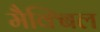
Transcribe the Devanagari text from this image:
मैक्बिल